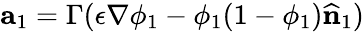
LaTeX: \textbf{a}_{1}=\Gamma(\epsilon\nabla\phi_{1}-\phi_{1}(1-\phi_{1})\widehat{\textbf{n}}_{1})